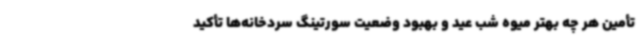
تأمین هر چه بهتر میوه شب عید و بهبود وضعیت سورتینگ سردخانه‌ها تأکید